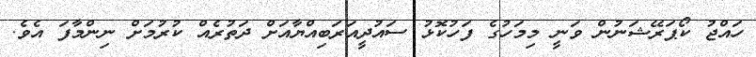
ހައްޖު ކޯޕަރޭޝަނުން ވަނީ މިމަހުގެ ފަހުކޮޅު ސައުދީއަރަބިއްޔާއަށް ދަތުރެއް ކުރުމަށް ނިންމާފަ އެވެ.